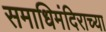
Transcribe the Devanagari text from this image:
समाधिमंदिराच्या